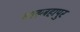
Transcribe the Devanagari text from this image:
शाह्जहापुर